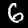
Label: 6